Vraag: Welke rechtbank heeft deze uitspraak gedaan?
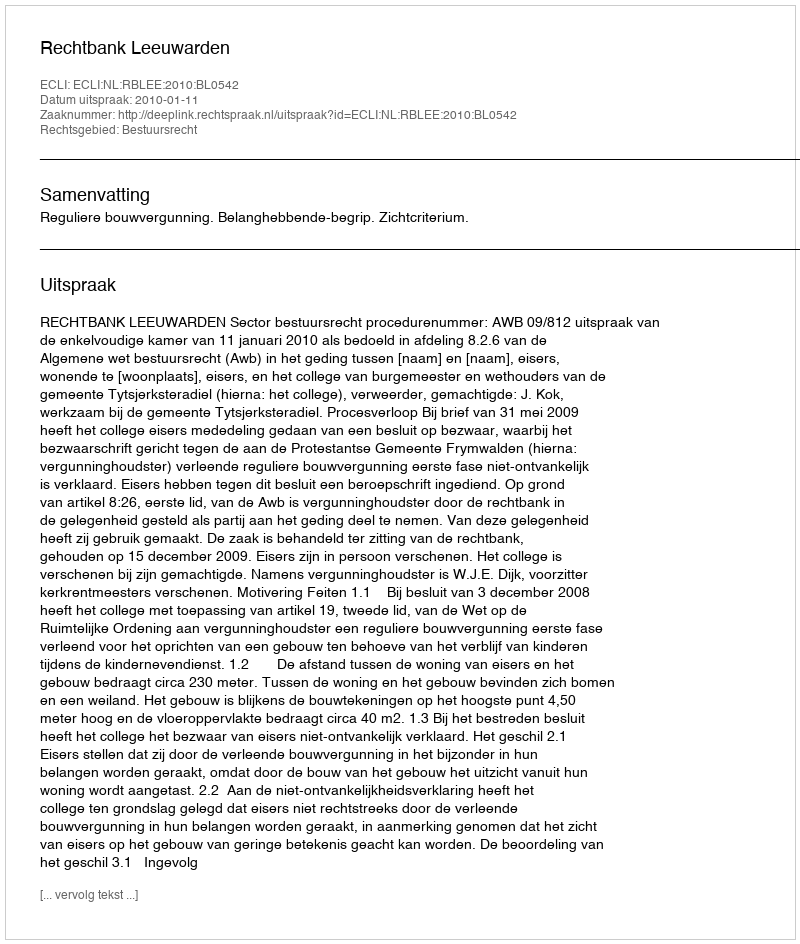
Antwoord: Rechtbank Leeuwarden